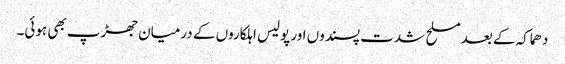
دھماکہ کے بعد مسلح شدت پسندوں اور پولیس اہلکاروں کے درمیان جھڑپ بھی ہوئی۔